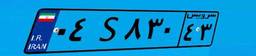
۹۳S۵۹۹۱۹